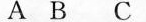
A B C